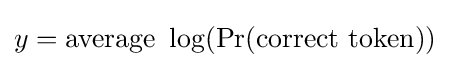
y={\text{average }}\log(\Pr({\text{correct token}}))